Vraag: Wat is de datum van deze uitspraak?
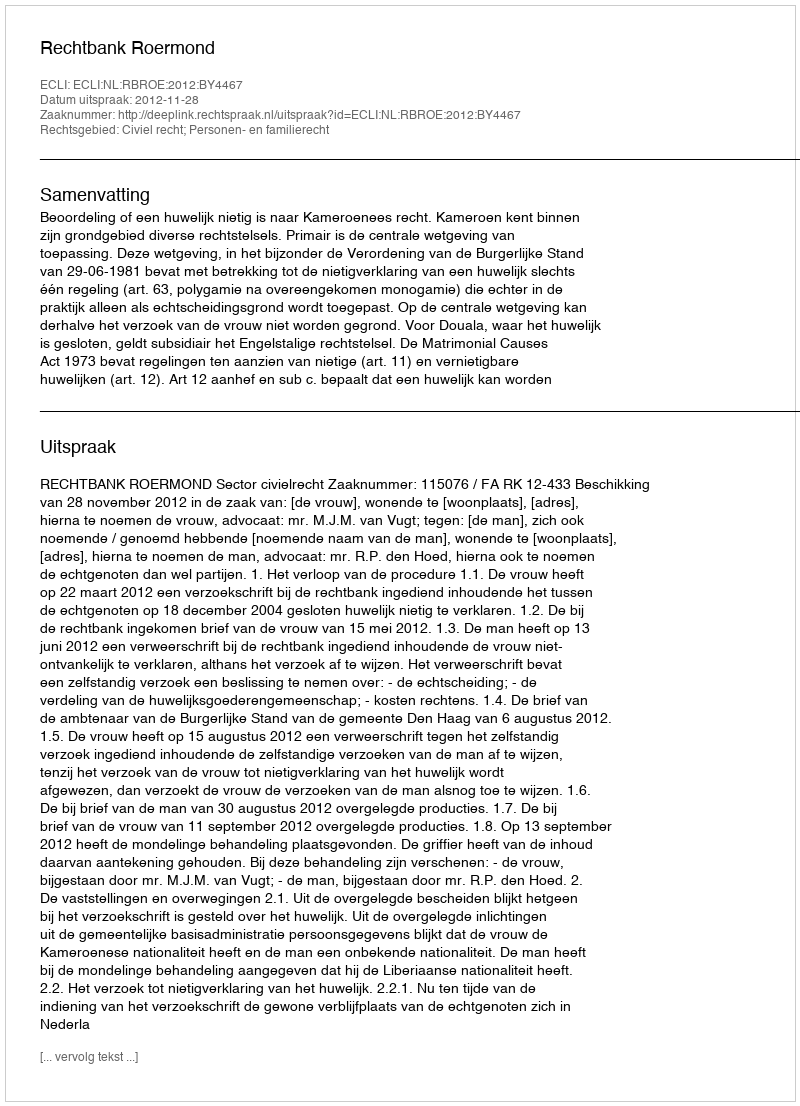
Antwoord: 2012-11-28